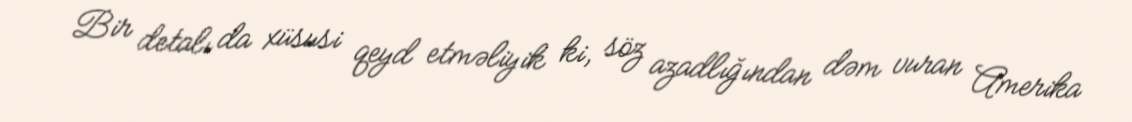
Bir detalı da xüsusi qeyd etməliyik ki, söz azadlığından dəm vuran Amerika